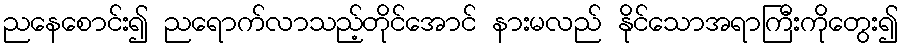
ညနေစောင်း၍ ညရောက်လာသည့်တိုင်အောင် နားမလည် နိုင်သောအရာကြီးကိုတွေး၍